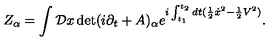
Z _ { \alpha } = \int { \cal D } x \det ( i \partial _ { t } + A ) _ { \alpha } e ^ { i \int _ { t _ { 1 } } ^ { t _ { 2 } } d t ( { \frac { 1 } { 2 } } { \dot { x } } ^ { 2 } - { \frac { 1 } { 2 } } V ^ { 2 } ) } .